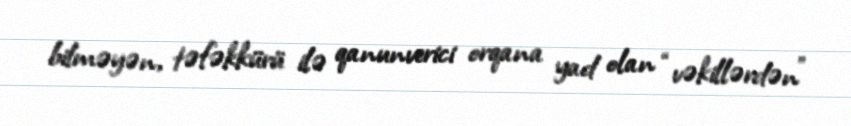
bilməyən, təfəkkürü ilə qanunverici orqana yad olan “vəkillərdən”